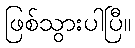
ဖြစ်သွားပါပြီ။